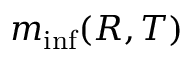
m _ { \operatorname* { i n f } } ( R , T )